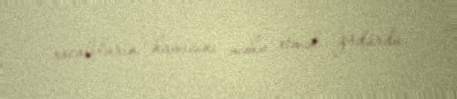
xocalıların hamısını məhv etmək güdürdü.